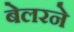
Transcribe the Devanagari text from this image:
बेलरने